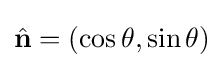
{\hat {\mathbf {n} }}=(\cos \theta ,\sin \theta )